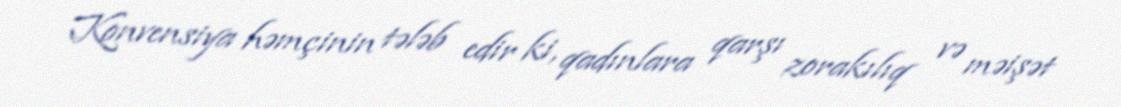
Konvensiya həmçinin tələb edir ki, qadınlara qarşı zorakılıq və məişət